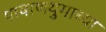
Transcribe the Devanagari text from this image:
पाषाणयुगाच्या